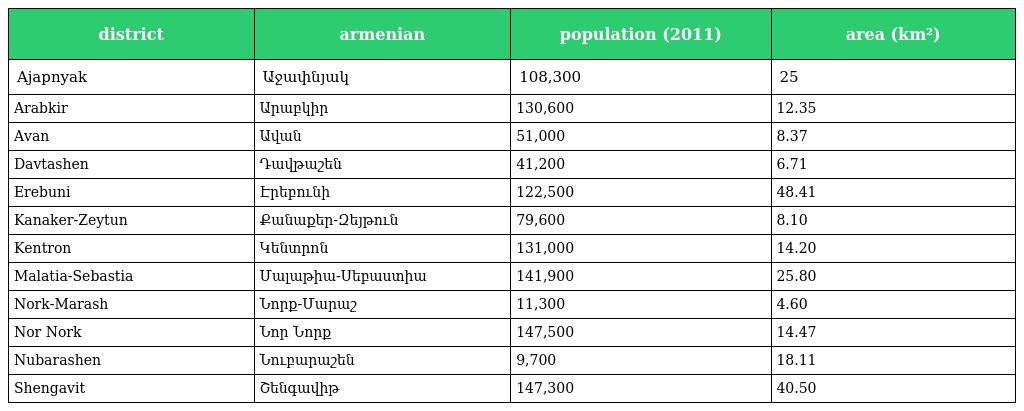
| district | armenian | population (2011) | area (km²) |
 | --- | --- | --- | --- |
 | Ajapnyak | Աջափնյակ | 108,300 | 25 |
 | Arabkir | Արաբկիր | 130,600 | 12.35 |
 | Avan | Ավան | 51,000 | 8.37 |
 | Davtashen | Դավթաշեն | 41,200 | 6.71 |
 | Erebuni | Էրեբունի | 122,500 | 48.41 |
 | Kanaker-Zeytun | Քանաքեր-Զեյթուն | 79,600 | 8.10 |
 | Kentron | Կենտրոն | 131,000 | 14.20 |
 | Malatia-Sebastia | Մալաթիա-Սեբաստիա | 141,900 | 25.80 |
 | Nork-Marash | Նորք-Մարաշ | 11,300 | 4.60 |
 | Nor Nork | Նոր Նորք | 147,500 | 14.47 |
 | Nubarashen | Նուբարաշեն | 9,700 | 18.11 |
 | Shengavit | Շենգավիթ | 147,300 | 40.50 |